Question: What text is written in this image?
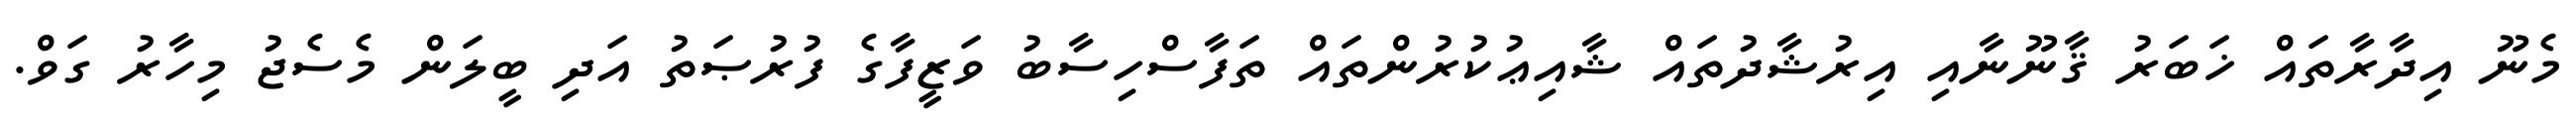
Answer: މެނޫ އިދާރާތައް ޚަބަރު ޤާނޫނާއި އިރުޝާދުތައް ޝާއިޢުކުރުންތައް ތަފާސްހިސާބު ވަޒީފާގެ ފުރުޞަތު އަދި ބީލަން މެސެޖު މިހާރު ގަވް.